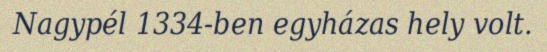
Nagypél 1334-ben egyházas hely volt.